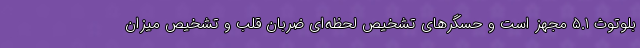
بلوتوث ۵.۱ مجهز است و حسگرهای تشخیص لحظه‌ای ضربان قلب و تشخیص میزان